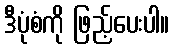
ဒီပုံစံကို ဖြည့်ပေးပါ။